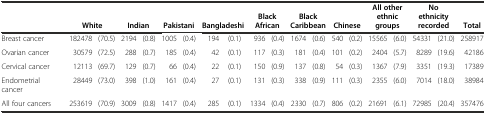
<table><thead><tr><td></td><td colspan="2"><b>White</b></td><td colspan="2"><b>Indian</b></td><td colspan="2"><b>Pakistani</b></td><td colspan="2"><b>Bangladeshi</b></td><td colspan="2"><b>Black African</b></td><td colspan="2"><b>Black Caribbean</b></td><td colspan="2"><b>Chinese</b></td><td colspan="2"><b>All other ethnic groups</b></td><td colspan="2"><b>No ethnicity recorded</b></td><td><b>Total</b></td></tr></thead><tbody><tr><td>Breast cancer</td><td>182478</td><td>(70.5)</td><td>2194</td><td>(0.8)</td><td>1005</td><td>(0.4)</td><td>194</td><td>(0.1)</td><td>936</td><td>(0.4)</td><td>1674</td><td>(0.6)</td><td>540</td><td>(0.2)</td><td>15565</td><td>(6.0)</td><td>54331</td><td>(21.0)</td><td>258917</td></tr><tr><td>Ovarian cancer</td><td>30579</td><td>(72.5)</td><td>288</td><td>(0.7)</td><td>185</td><td>(0.4)</td><td>42</td><td>(0.1)</td><td>117</td><td>(0.3)</td><td>181</td><td>(0.4)</td><td>101</td><td>(0.2)</td><td>2404</td><td>(5.7)</td><td>8289</td><td>(19.6)</td><td>42186</td></tr><tr><td>Cervical cancer</td><td>12113</td><td>(69.7)</td><td>129</td><td>(0.7)</td><td>66</td><td>(0.4)</td><td>22</td><td>(0.1)</td><td>150</td><td>(0.9)</td><td>137</td><td>(0.8)</td><td>54</td><td>(0.3)</td><td>1367</td><td>(7.9)</td><td>3351</td><td>(19.3)</td><td>17389</td></tr><tr><td>Endometrial cancer</td><td>28449</td><td>(73.0)</td><td>398</td><td>(1.0)</td><td>161</td><td>(0.4)</td><td>27</td><td>(0.1)</td><td>131</td><td>(0.3)</td><td>338</td><td>(0.9)</td><td>111</td><td>(0.3)</td><td>2355</td><td>(6.0)</td><td>7014</td><td>(18.0)</td><td>38984</td></tr><tr><td>All four cancers</td><td>253619</td><td>(70.9)</td><td>3009</td><td>(0.8)</td><td>1417</td><td>(0.4)</td><td>285</td><td>(0.1)</td><td>1334</td><td>(0.4)</td><td>2330</td><td>(0.7)</td><td>806</td><td>(0.2)</td><td>21691</td><td>(6.1)</td><td>72985</td><td>(20.4)</td><td>357476</td></tr></tbody></table>